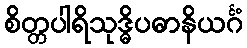
စိတ္တပါရိသုဒ္ဓိပဓာနိယင်္ဂံ